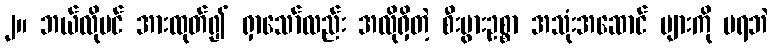
၂။ ဘယ်လိုပင် အားထုတ်၍ ရှာသော်လည်း အလိုရှိတဲ့ စီးပွားဥစ္စာ အသုံးအဆောင် များကို မရဘဲ